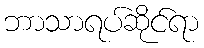
ဘာသာရပ်ဆိုင်ရာ